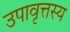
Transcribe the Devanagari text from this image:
उपावृत्तस्य